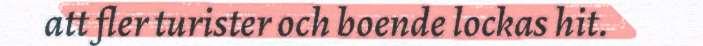
att fler turister och boende lockas hit.